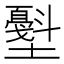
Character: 𰋁